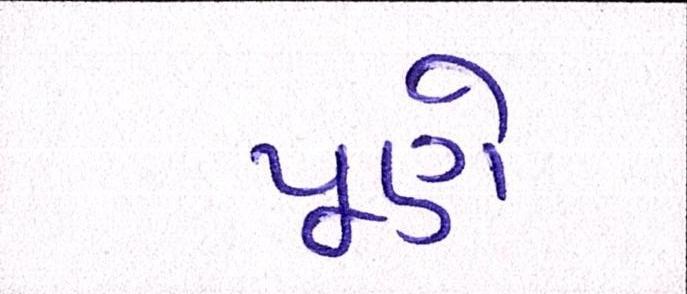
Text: પૂણે